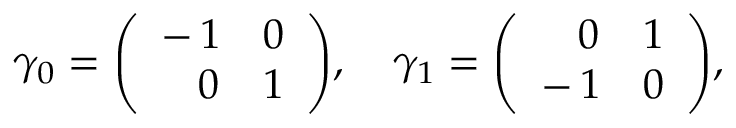
\gamma _ { 0 } = \left( \begin{array} { c c } { - \, { 1 } } & { { 0 } } \\ { \, \, \, \, \, { 0 } } & { { 1 } } \end{array} \right) \! , \quad \gamma _ { 1 } = \left( \begin{array} { c c } { \, \, \, \, \, 0 } & { 1 } \\ { - \, 1 } & { 0 } \end{array} \right) \! ,